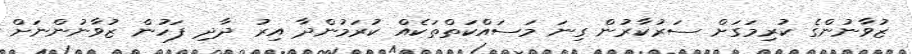
ޒުވާނުންގެ ކުރިމަގަށް ސަރުކާރުން ގިނަ މަސައްކަތްތަކެއް ކުރަމުންދާ އިރު ދާދި ފަހުން ޒުވާނުންނަށް